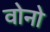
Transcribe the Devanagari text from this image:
वोनो